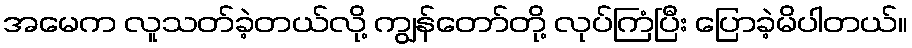
အမေက လူသတ်ခဲ့တယ်လို့ ကျွန်တော်တို့ လုပ်ကြံပြီး ပြောခဲ့မိပါတယ်။